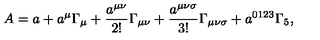
A = a + a ^ { \mu } \Gamma _ { \mu } + \frac { a ^ { \mu \nu } } { 2 ! } \Gamma _ { \mu \nu } + \frac { a ^ { \mu \nu \sigma } } { 3 ! } \Gamma _ { \mu \nu \sigma } + a ^ { 0 1 2 3 } \Gamma _ { 5 } ,